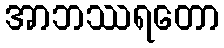
အာဘဿရတော